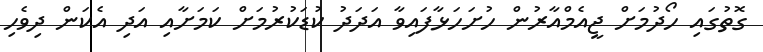
ގޮތުގައި ހޯދުމަށް ޖީއެމްއާރުން ހުށަހަޅާފައިވާ އަދަދު ކުޑަކުރުމަށް ކަމަށާއި އަދި އެކަން ދިވެހި